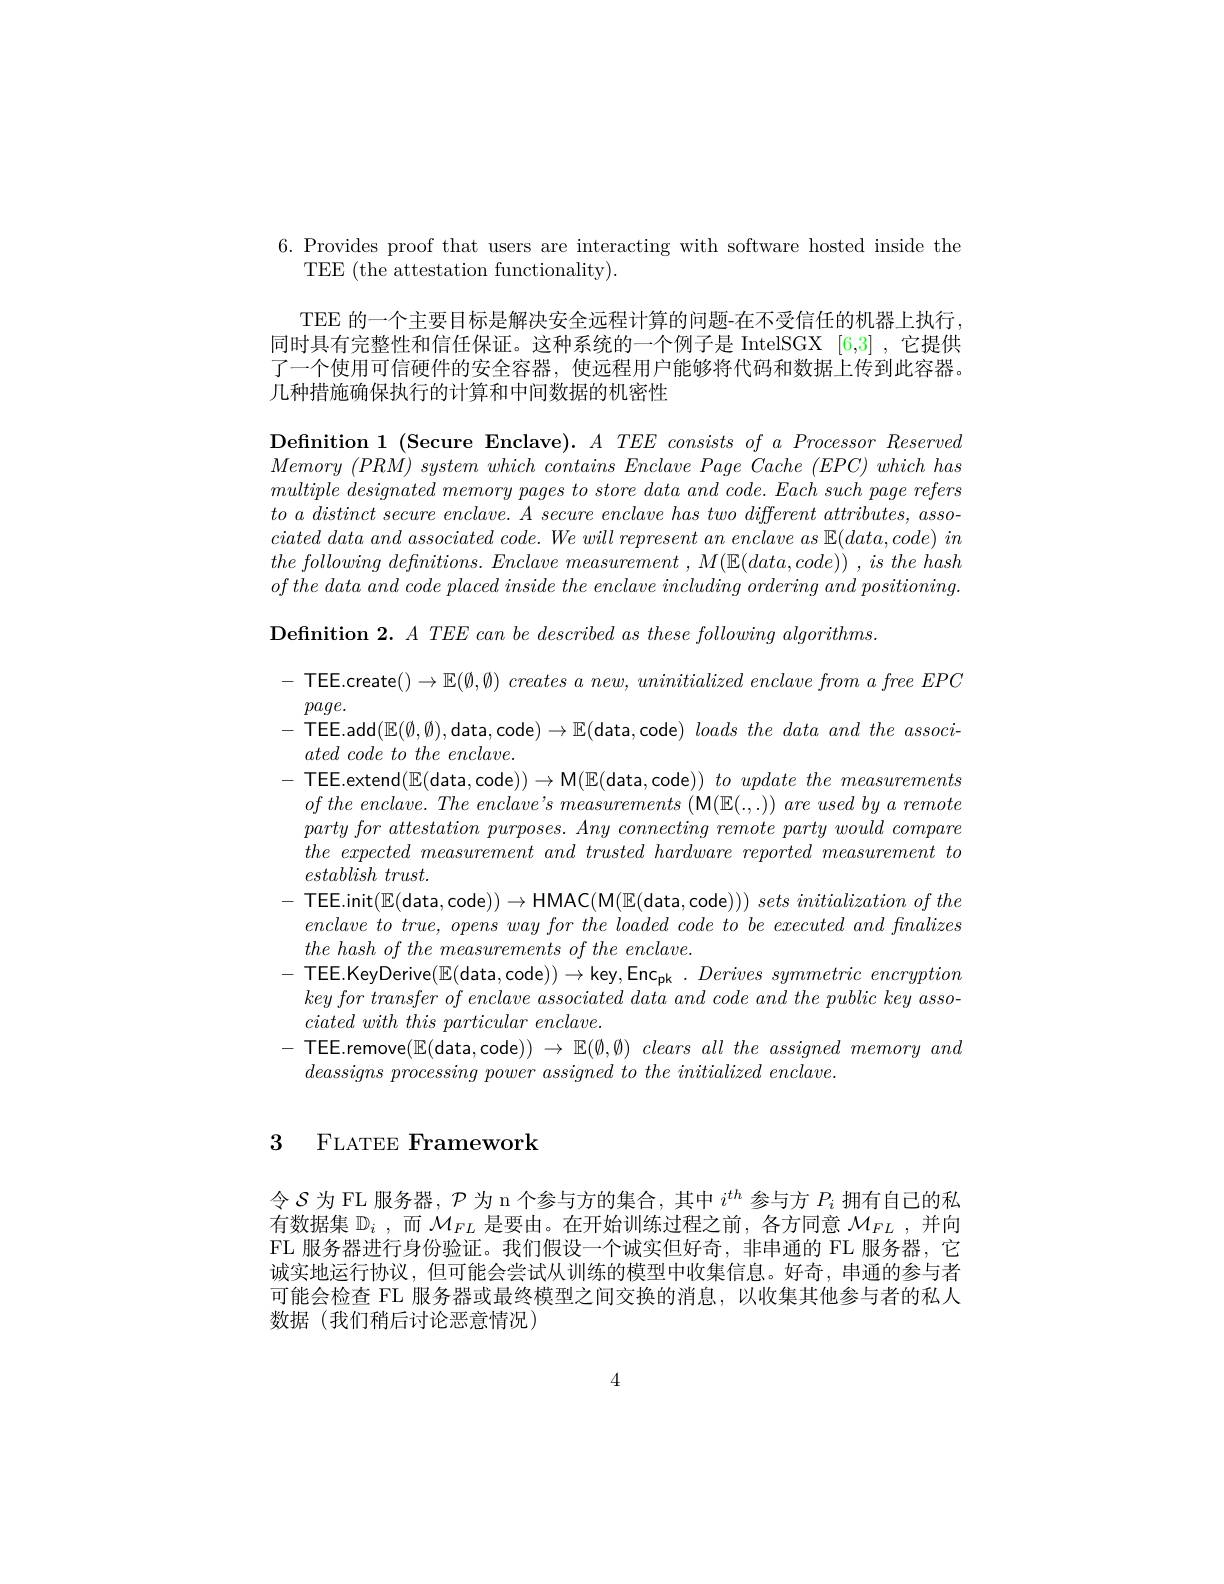
6. Provides proof that users are interacting with software hosted inside the
TEE (the attestation functionality).

TEE 的一个主要目标是解决安全远程计算的问题-在不受信任的机器上执行， 同时具有完整性和信任保证。这种系统的一个例子是 IntelSGX [6,3] ,它提供了一个使用可信硬件的安全容器，使远程用户能够将代码和数据上传到此容器。几种措施确保执行的计算和中间数据的机密性

$\textbf{Definition 1}($Secure Enclave).$A\textit{TEE consists of a Processor Reserved}$ Memory $( PRM)$ system which contains Enclave Page Cache $( EPC)$ which has $multiple\textit{ designated memory pages to store data and code. Each such page refers}$ $to\textit{ a distinct secure enclave. A secure enclave has two different attributes, asso- }$ ciated data and associated $code.$ $We$ will represent $an$ enclave $as$ $\mathbb{E} ( data, code)$ $in$ the following $defnitions.$ Enclave measurement , $M( \mathbb{E} ( data, code) )$ , $is$ the hash $ofthe\textit{ data and code placed inside the enclave including ordering and positioning. }$ $\textbf{Definition 2. }A\textit{TEE can be described as these following algorithms}$
- TEE.create() $\to \mathbb{E} ( \emptyset , \emptyset ) \textit{ creates a new, uninitialized enclave from a free EPC}$
$page.$
- TEEE.add$(\mathbb{E}(\emptyset,\emptyset)$,data,code$)\to\mathbb{E}($data,code) $loadsthe\textit{ data and the associ- TEEE. add}( \mathbb{E} ( \emptyset , \emptyset ) $,data,code$)\to\mathbb{E}($data,code) $loads\textit{ the data and the associ- TEEE. add}( \mathbb{E} ( \emptyset , \emptyset ) $,data,code$)\to\mathbb{E}($data,code) $loads\textit{ the data and t he associ}$
$ated\textit{code to the enclave. }$
- TEEE.extend$(\mathbb{E}($data,code$))\to$M$(\mathbb{E}($data,code$) ) \textit{ to update the measurements}$
$ofthe\textit{ enclave. The enclave' s measurements ( M( E( . , . ) ) are used by a remote}$ $the\textit{ expected measurement and trusted hardware reported measurement to}$ $establish\textit{ trust. }$
- TEE.init$(\mathbb{E}($data,code$))\to$HMAC(M$(\mathbb{E}($data,code$) ) ) \textit{ sets initialization of the}$
$enclave\textit{ to true, opens way for the loaded code to be executed and finalizes}$
$the\textit{ hash of the measurements of the enclave. }$
-TEE.KeyDerive$(\mathbb{E}($data,code$))\to$key,Enc$_\mathrm{pk}\cdot Derivessymmetricencryption$
$key\textit{ for transfer of enclave associated data and code and the public key asso- }$
ciated with this particular $enclave.$
- TEEE.remove$(\mathbb{E}($data,code$))\to$ $\mathbb{E} ( \emptyset , \emptyset ) \textit{ clears all the assigned memory and}$
$deassigns\textit{ processing power assigned to the initialized enclave. }$

## 3 FLATEE Framework

令$\mathcal{S}$为 FL 服务器，$\mathcal{P}$为 n 个参与方的集合，其中$i^th$参与方$P_i$拥有自己的私有数据集$\mathbb{D} _i$ , 而 $\mathcal{M} _{FL}$是要由。在开始训练过程之前，各方同意$\mathcal{M} _FL$ , 并 向 FL 服务器进行身份验证。我们假设一个诚实但好奇，非串通的 FL 服务器，它诚实地运行协议，但可能会尝试从训练的模型中收集信息。好奇，串通的参与者可能会检查 FL 服务器或最终模型之间交换的消息，以收集其他参与者的私人数据(我们稍后讨论恶意情况)

4